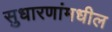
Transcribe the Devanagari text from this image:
सुधारणांमधील